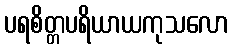
ပရစိတ္တပရိယာယကုသလော